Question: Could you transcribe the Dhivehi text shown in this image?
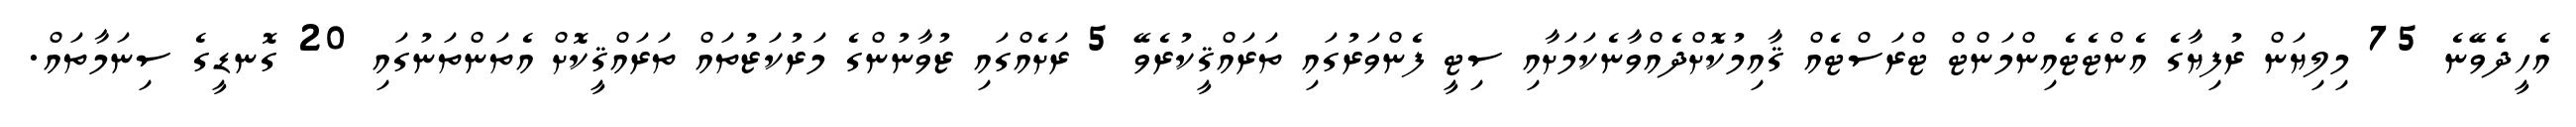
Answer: އެހީދެވޭނެ 75 މިލިޔަން ރުފިޔާގެ އެންޓެޓެއިންމަންޓް ޓްރަސްޓެއް ޤާއިމުކޮށްދެއްވާނެކަމަށާއި ސިޓީ ފެންވަރުގައި ތަރައްޤީކުރެވޭ 5 ރަށެއްގައި ޒުވާނުންގެ މަރުކަޒުތައް ތަރައްޤީކޮށް އެތަންތަނުގައި 20 ގޮނޑީގެ ސިނަމާތައް.